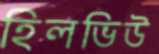
হিলভিউ